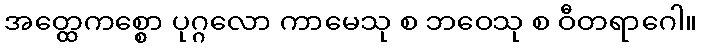
အတ္ထေကစ္စော ပုဂ္ဂလော ကာမေသု စ ဘဝေသု စ ဝီတရာဂေါ။